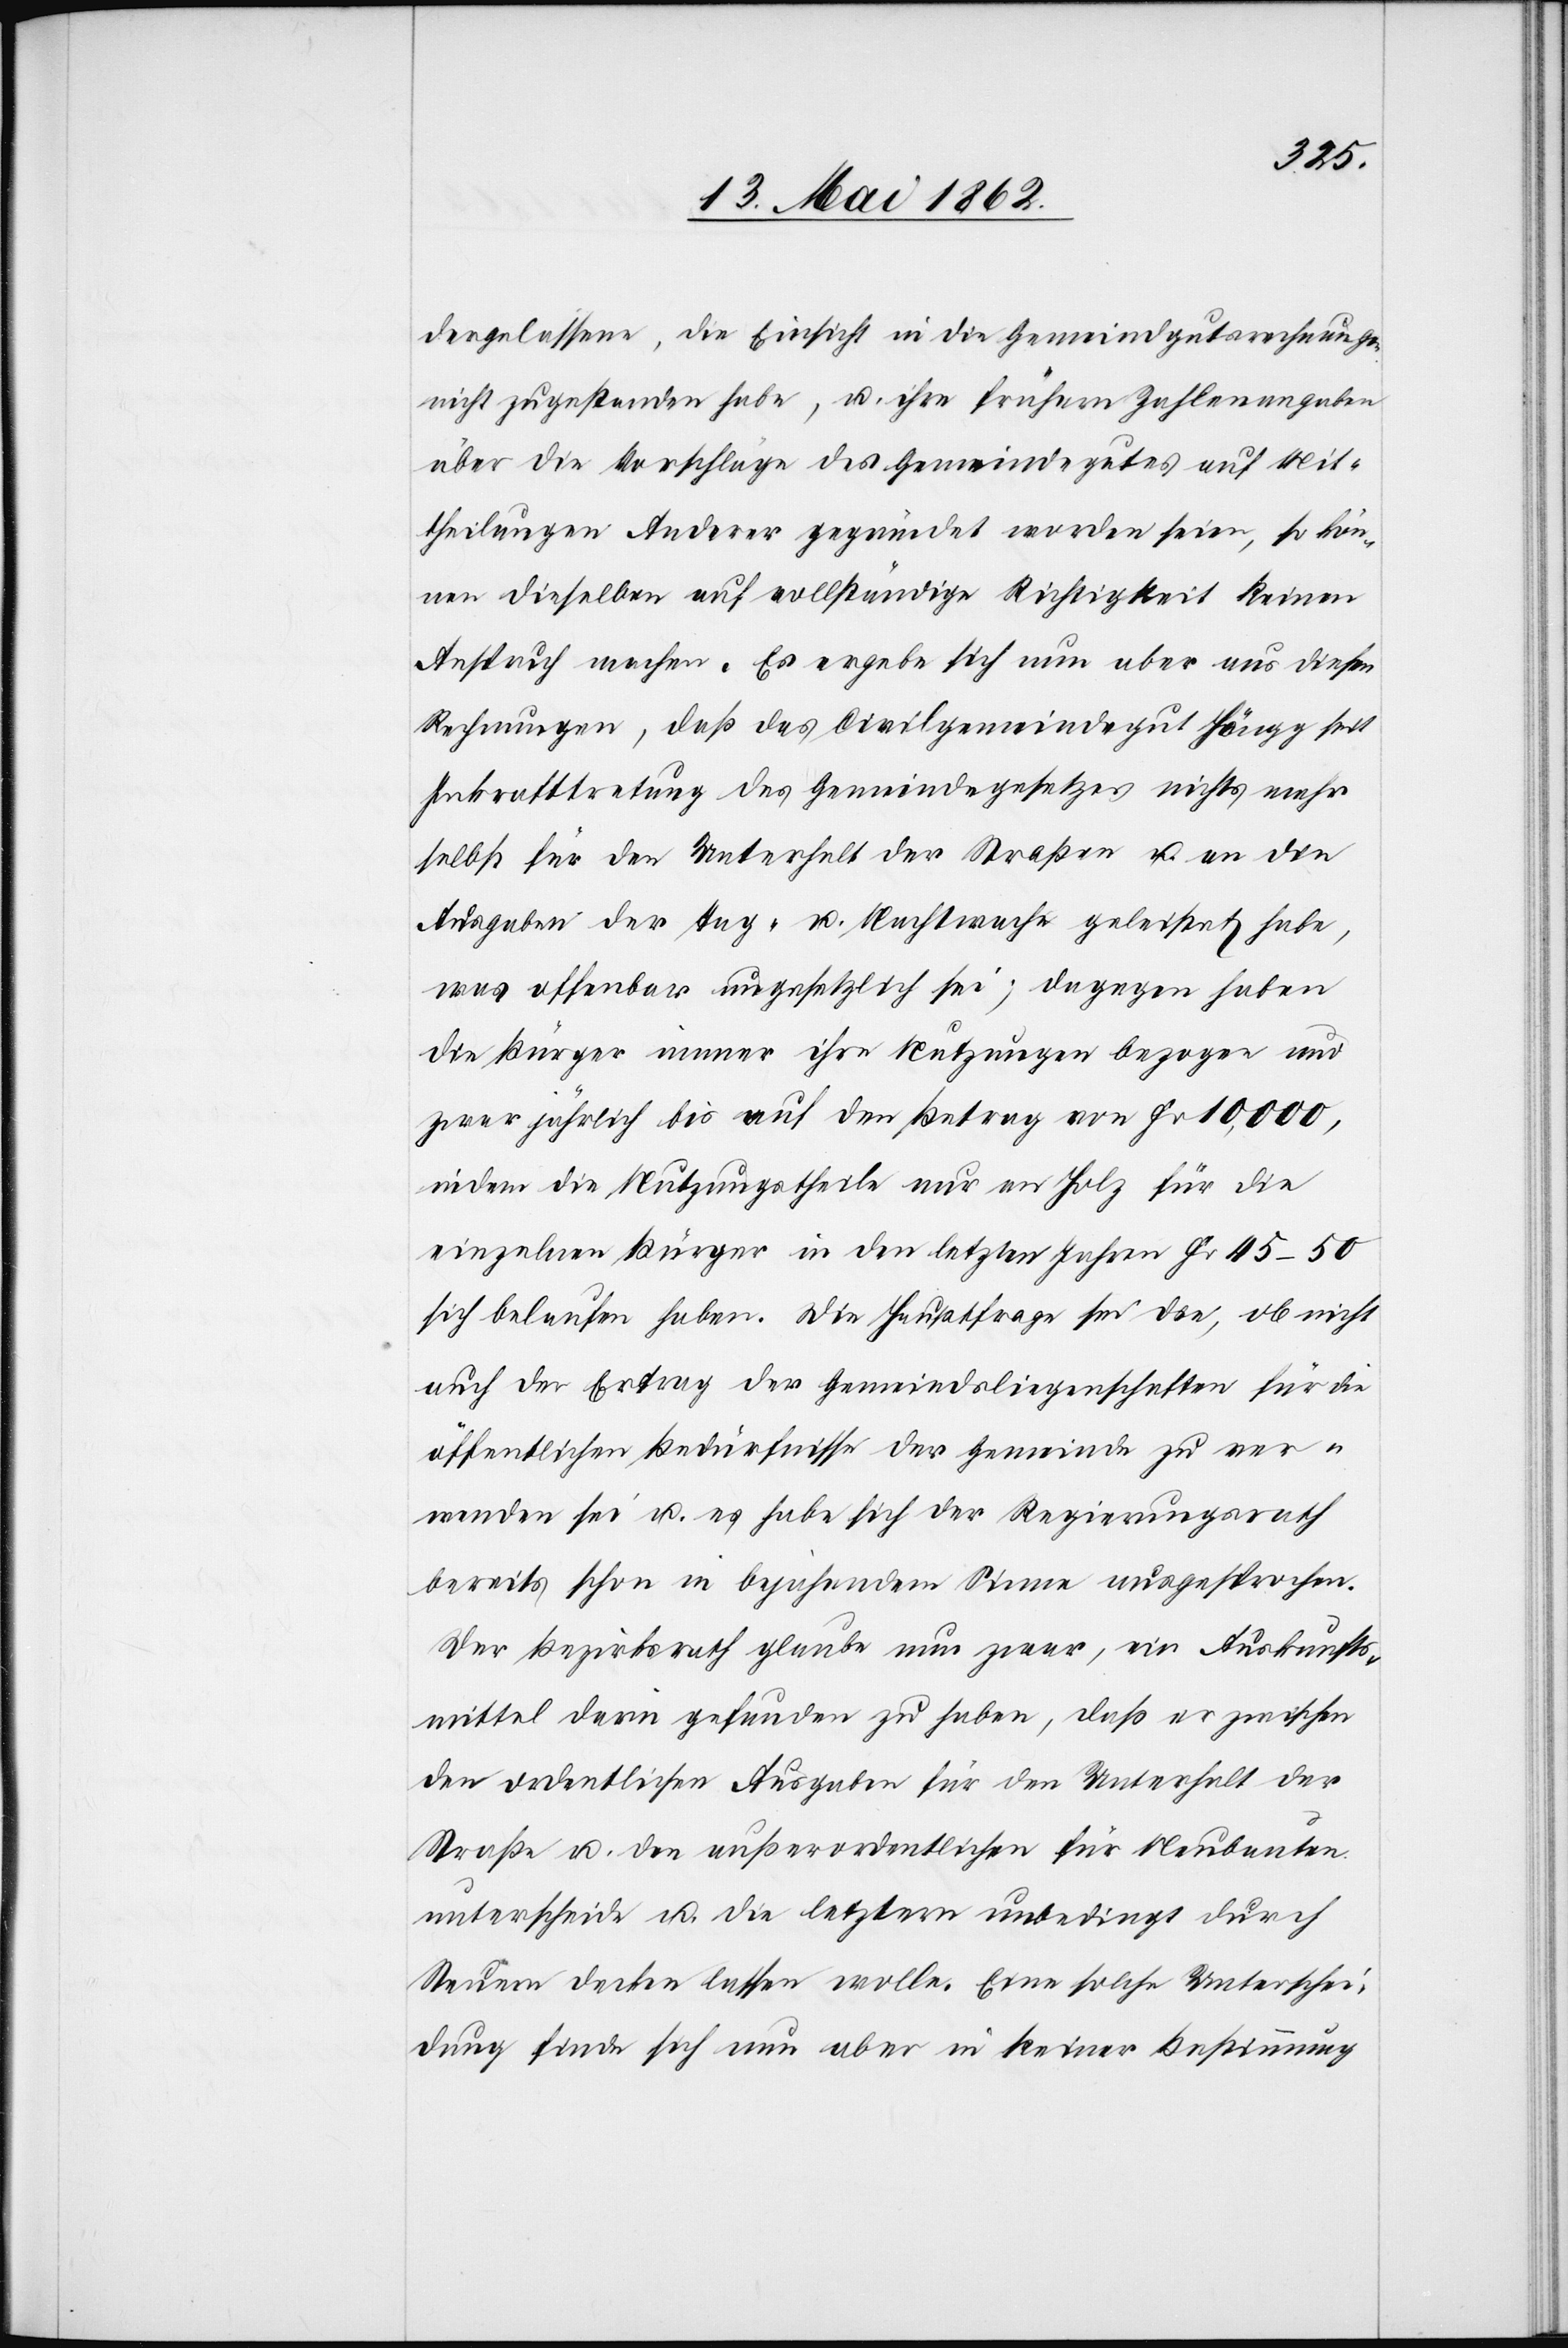
dergelassene, die Einsicht in die Gemeindgutsrechnungen
nicht zugestanden habe, u. ihre führen Zahlenangaben
über die Vorschläge des Gemeindegutes auf Mit¬
theilungen Anderer gegründet worden seien, so kön¬
nen dieselben auf vollständige Richtigkeit keinen
Anspruch machen. Es ergebe sich nun aber aus diesen
Rechnungen, daß das Civilgemeindegut Höngg seit
Inkrafttretung des Gemeindegesetzes nichts mehr
selbst für den Unterhalt der Straßen u. an die
Ausgaben der Tag- u. Nachtwache geleistet habe,
was offenbar ungesetzlich sei; dagegen haben
die Bürger immer ihre Nutzungen bezogen und
zwar jährlich bis auf den Betrag von Fr. 10,000,
indem die Nutzungstheile nur an Holz für die
einzelnen Bürger in den letzten Jahren Fr. 45–50
sich belaufen haben. Die Hauptsfrage sei die, ob nicht
auch der Ertrag der Gemeindsliegenschaften für die
öffentlichen Bedürfnisse der Gemeinde zu ver¬
wenden sei u. es habe sich der Regierungsrath
bereits schon im bejahendem Sinne ausgesprochen.
Der Bezirksrath glaube nun zwar, ein Auskunfts¬
mittel darin gefunden zu haben, daß er zwischen
den ordentlichen Ausgaben für den Unterhalt der
Straße u. den außerordentlichen für Neubauten
unterscheide u. die letztern unbedingt durch
Steuern decken lassen wolle. Eine solche Unterschei¬
dung finde sich nun aber in keiner Bestimmung